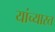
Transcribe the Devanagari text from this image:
यांच्यास्त